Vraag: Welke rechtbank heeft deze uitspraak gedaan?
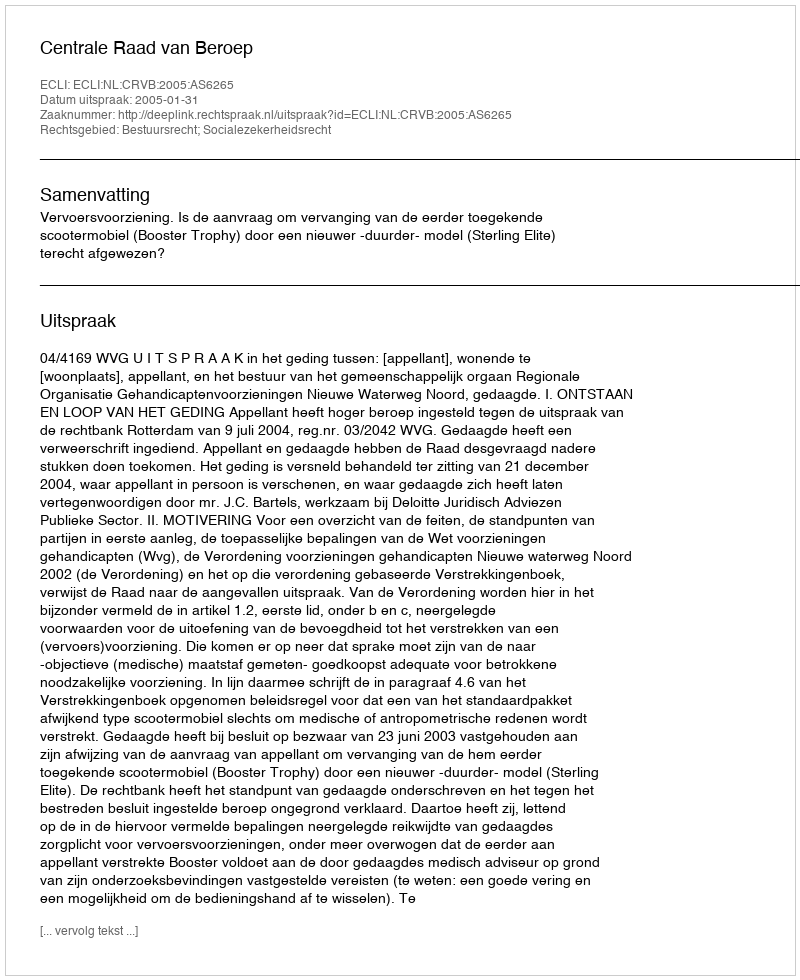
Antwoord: Centrale Raad van Beroep